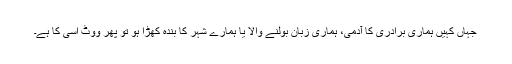
جہاں کہیں ہماری برادری کا آدمی، ہماری زبان بولنے والا یا ہمارے شہر کا بندہ کھڑا ہو تو پھر ووٹ اُسی کا ہے۔